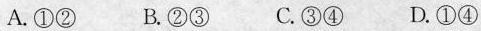
A.①② B.②③ C.③④ D.①④